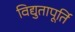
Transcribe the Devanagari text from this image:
विद्युतापूर्ति